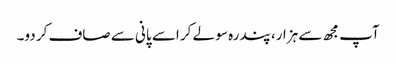
آپ مجھ سے ہزار، پندرہ سو لے کر اسے پانی سے صاف کر دو۔